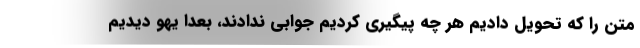
متن را که تحویل دادیم هر چه پیگیری کردیم جوابی ندادند، بعدا یهو دیدیم